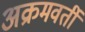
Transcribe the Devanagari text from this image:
अक्रमवर्ती